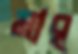
মার্